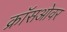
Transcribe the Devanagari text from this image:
क्राॅसओवर